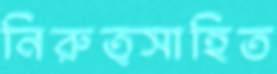
নিরুত্সাহিত